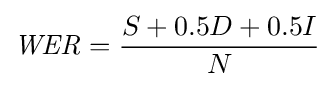
{\mathit {WER}}={\frac {S+0.5D+0.5I}{N}}